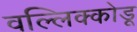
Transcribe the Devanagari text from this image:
वल्लिक्कोडू